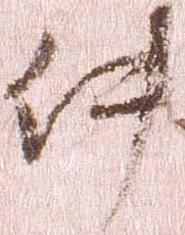
件